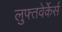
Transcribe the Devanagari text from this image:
लुफ्तवेर्केर्स